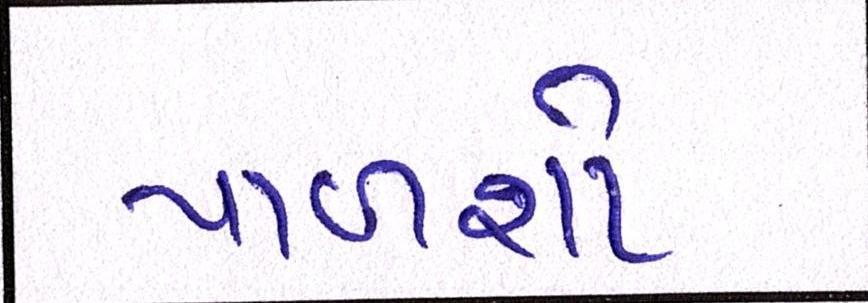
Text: પાળશો